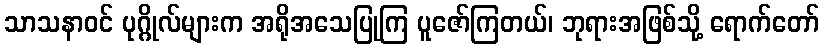
သာသနာဝင် ပုဂ္ဂိုလ်များက အရိုအသေပြုကြ ပူဇော်ကြတယ်၊ ဘုရားအဖြစ်သို့ ရောက်တော်